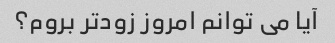
آیا می توانم امروز زودتر بروم؟